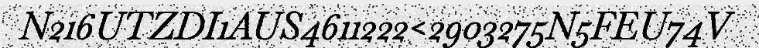
N216UTZDI1AUS4611222<2903275N5FEU74V